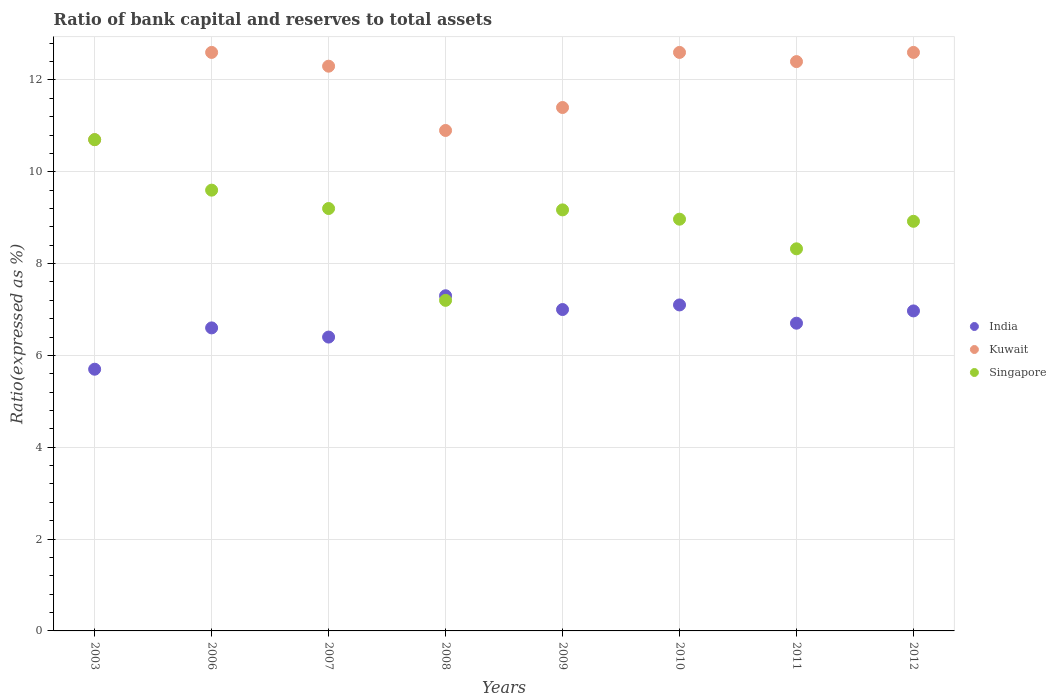
| Years | India | Kuwait | Singapore |
 | --- | --- | --- | --- |
 | 2003 | 5.7 | 10.7 | 10.7 |
 | 2006 | 6.6 | 12.6 | 9.6 |
 | 2007 | 6.4 | 12.3 | 9.2 |
 | 2008 | 7.3 | 10.9 | 7.2 |
 | 2009 | 7 | 11.4 | 9.17 |
 | 2010 | 7.1 | 12.6 | 8.97 |
 | 2011 | 6.7 | 12.4 | 8.32 |
 | 2012 | 6.97 | 12.6 | 8.92 |